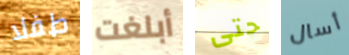
طفلا أبلغت حتى أسال